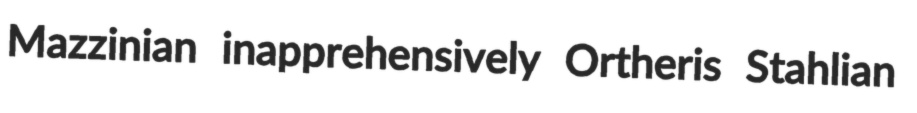
Mazzinian inapprehensively Ortheris Stahlian